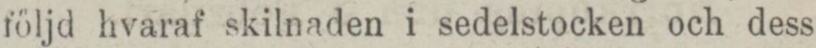
följd hvaraf skilnaden i sedelstocken och dess